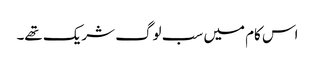
اس کام میں سب لوگ شریک تھے۔